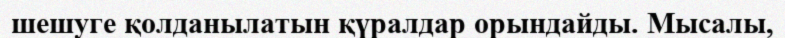
шешуге қолданылатын қүралдар орындайды. Мысалы,